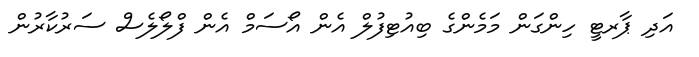
އަދި ޕާރޓީ ހިންގަން މަމެންގެ ބިއުޓިފުލް އެން އޯސަމް އެން ފްލޯލެސް ސަރުކާރުން